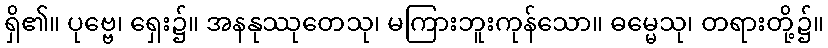
ရှိ၏။ ပုဗ္ဗေ၊ ရှေး၌။ အနနုဿုတေသု၊ မကြားဘူးကုန်သော။ ဓမ္မေသု၊ တရားတို့၌။